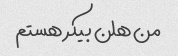
من هلن بیکر هستم